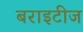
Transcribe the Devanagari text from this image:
बराइटीज